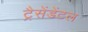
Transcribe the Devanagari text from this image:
ट्रैसेंडेंटल